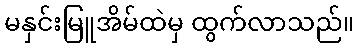
မနှင်းမြူအိမ်ထဲမှ ထွက်လာသည်။